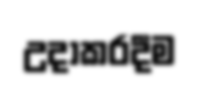
උදාකරදීම